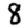
Digit: 8